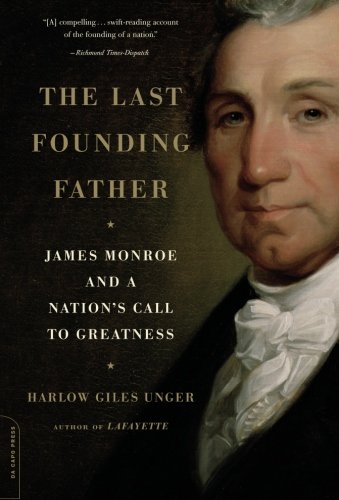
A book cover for The Last Founding Father: James Monroe and a Nation's Call to Greatness; Harlow Giles Unger; History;